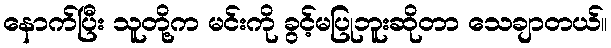
နောက်ပြီး သူတို့က မင်းကို ခွင့်မပြုဘူးဆိုတာ သေချာတယ်။